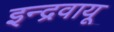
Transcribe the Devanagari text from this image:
इन्द्रवायू